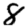
Digit: 8